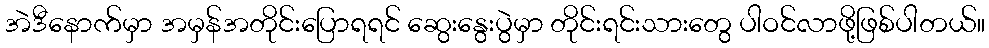
အဲဒီနောက်မှာ အမှန်အတိုင်းပြောရရင် ဆွေးနွေးပွဲမှာ တိုင်းရင်းသားတွေ ပါဝင်လာဖို့ဖြစ်ပါတယ်။